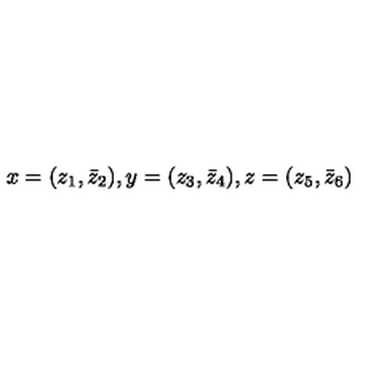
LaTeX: x = ( z _ { 1 } , \bar { z } _ { 2 } ) , y = ( z _ { 3 } , \bar { z } _ { 4 } ) , z = ( z _ { 5 } , \bar { z } _ { 6 } )